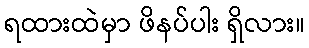
ရထားထဲမှာ ဖိနပ်ပါး ရှိလား။